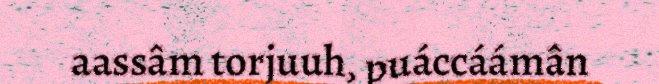
aassâm torjuuh, puáccáámân